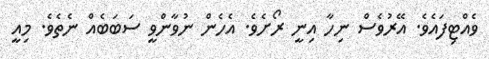
ވެއްޓިފައެވެ. އޭރުވެސް ނިހާ އިނީ ރޯށެވެ. އެހެން ނުވާންވީ ސަބަބެއް ނެތެވެ. މިއީ